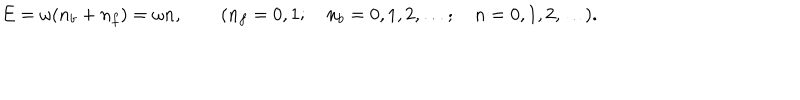
E = \omega ( n _ { b } + n _ { f } ) = \omega n , \qquad ( n _ { f } = 0 , 1 ; \quad n _ { b } = 0 , 1 , 2 , \ldots ; \quad n = 0 , 1 , 2 , \ldots ) .